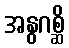
အနွဂစ္ဆိ